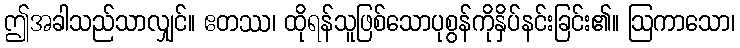
ဤအခါသည်သာလျှင်။ ဧတဿ၊ ထိုရန်သူဖြစ်သောပုစွန်ကိုနှိပ်နင်းခြင်း၏။ ဩကာသော၊